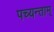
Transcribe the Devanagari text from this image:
पच्यन्ताम्‌